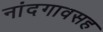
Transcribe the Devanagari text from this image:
नांदगावसह